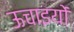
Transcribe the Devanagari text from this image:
ऊचाइयों